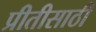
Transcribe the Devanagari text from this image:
प्रीतीसाठी